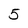
Character: 5